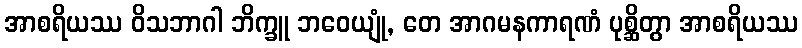
အာစရိယဿ ဝိသဘာဂါ ဘိက္ခူ ဘဝေယျုံ, တေ အာဂမနကာရဏံ ပုစ္ဆိတွာ အာစရိယဿ